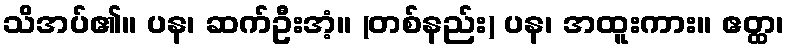
သိအပ်၏။ ပန၊ ဆက်ဦးအံ့။ (တစ်နည်း) ပန၊ အထူးကား။ ဧတ္ထ၊